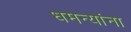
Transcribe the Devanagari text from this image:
धमन्यांना